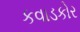
કવાડકોર